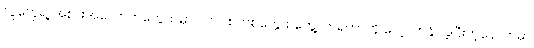
လူတွေရဲ့ အစားအသောက်တွေထဲမှာ ပလပ်စတစ်တွေ စတွေ့လာရတာကို လေ့လာနိုင်ခဲ့ပြီးတဲ့နောက်မှာ